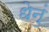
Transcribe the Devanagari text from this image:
धेनुं